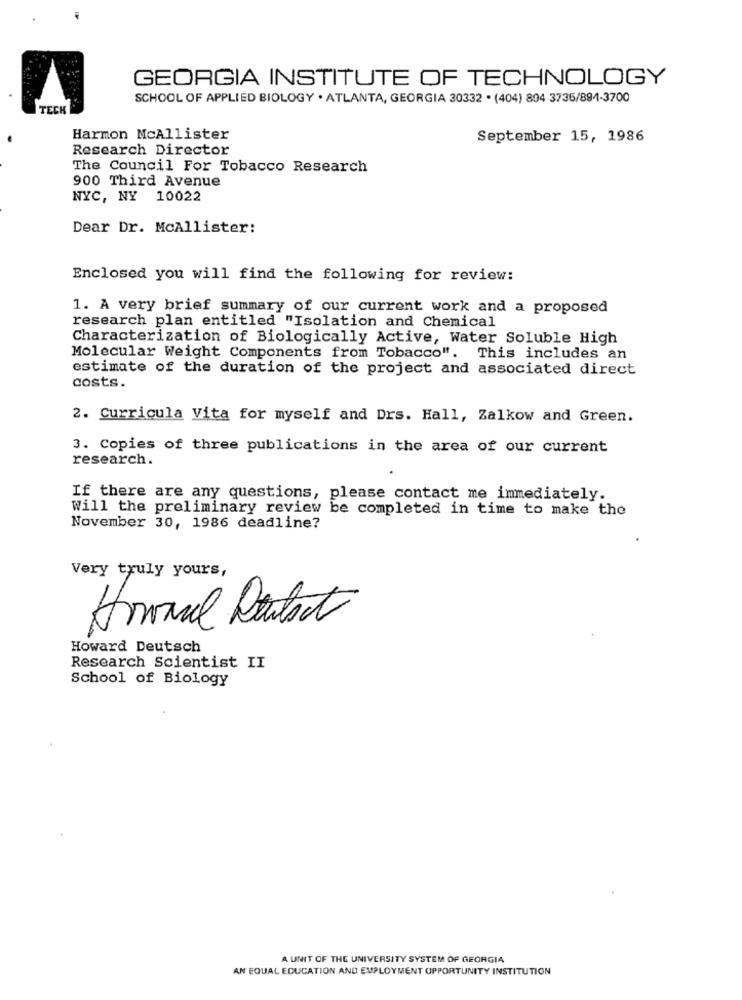
GEORGIA INSTITUTE OF TECHNOLOGY
SCHOOL OF APPLIED BIOLOGY . ATLANTA, GEORGIA 30332 . (404) 894 3736/891-3700
TECH
Harmon McAllister
September 15, 1986
Research Director
The Council For Tobacco Research
900 Third Avenue
NYC, NY 10022
Dear Dr. McAllister:
Enclosed you will find the following for review:
1. A very brief summary of our current work and a proposed
research plan entitled "Isolation and Chemical
Characterization of Biologically Active, Water Soluble High
Molecular Weight Components from Tobacco". This includes an
estimate of the duration of the project and associated direct
costs.
2. Curricula Vita for myself and Drs. Hall, Zalkow and Green.
3. Copies of three publications in the area of our current
research.
If there are any questions, please contact me immediately.
Will the preliminary review be completed in time to make the
November 30, 1986 deadline?
Very truly yours,
Howard Deutsch
Research Scientist II
School of Biology
A UNIT OF THE UNIVERSITY SYSTEM OF GEORGIA
AN EQUAL EDUCATION AND EMPLOYMENT OPPORTUNITY INSTITUTION